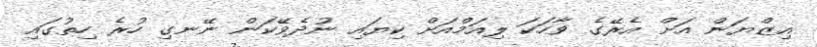
އިޒްޔަން އަށް އެރޭގެ ވާހަކަ ލިއަމްއަށް ކިޔައި ނުދެވޭކަން ނޭނގި ހުރެ ހިތުގައި